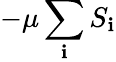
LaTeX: -\mu\sum_{\mathbf{i}}S_{\mathbf{i}}